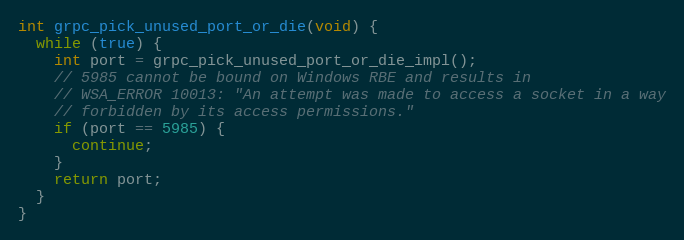
Language: C++
int grpc_pick_unused_port_or_die(void) {
  while (true) {
    int port = grpc_pick_unused_port_or_die_impl();
    // 5985 cannot be bound on Windows RBE and results in
    // WSA_ERROR 10013: "An attempt was made to access a socket in a way
    // forbidden by its access permissions."
    if (port == 5985) {
      continue;
    }
    return port;
  }
}